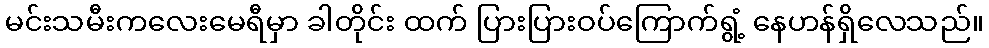
မင်းသမီးကလေးမေရီမှာ ခါတိုင်း ထက် ပြားပြားဝပ်ကြောက်ရွံ့ နေဟန်ရှိလေသည်။